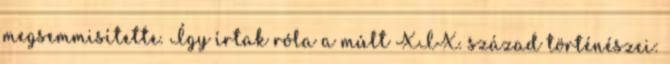
megsemmisítette. Így írtak róla a múlt XIX. század történészei: